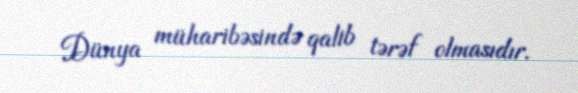
Dünya müharibəsində qalib tərəf olmasıdır.